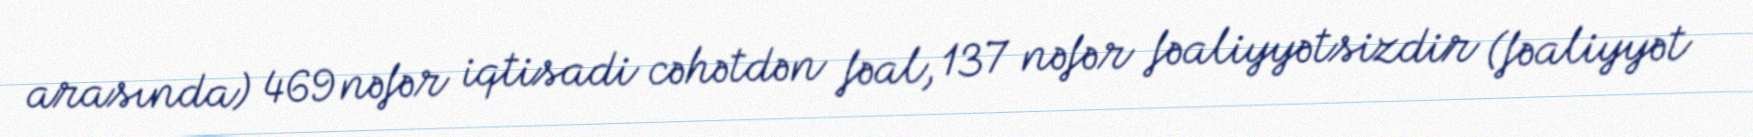
arasında) 469 nəfər iqtisadi cəhətdən fəal, 137 nəfər fəaliyyətsizdir (fəaliyyət